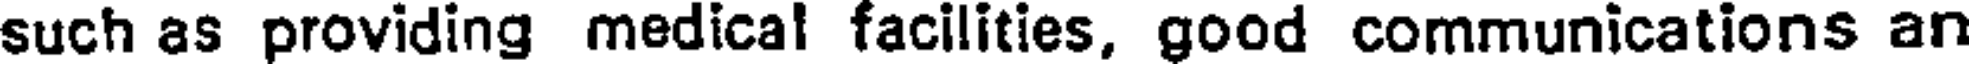
such as providing medical facilities, good communications an